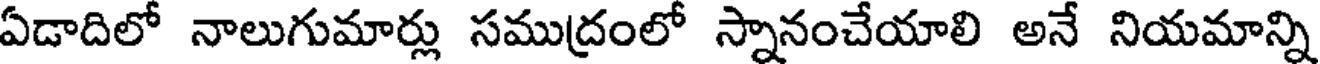
ఏడాదిలో నాలుగుమార్లు సముద్రంలో స్నానంచేయాలి అనే నియమాన్ని